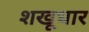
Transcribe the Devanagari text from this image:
शखूधार